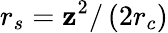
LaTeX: r_{s}=\mathbf{z}^{2}/\left(2r_{c}\right)